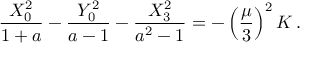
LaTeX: { \frac { X _ { 0 } ^ { 2 } } { 1 + a } } - { \frac { Y _ { 0 } ^ { 2 } } { a - 1 } } - { \frac { X _ { 3 } ^ { 2 } } { a ^ { 2 } - 1 } } = - \left( { \frac { \mu } { 3 } } \right) ^ { 2 } K \, .